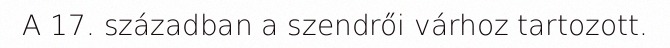
A 17. században a szendrői várhoz tartozott.